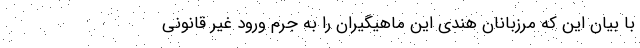
با بیان این که مرزبانان هندی این ماهیگیران را به جرم ورود غیر قانونی